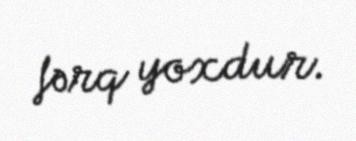
fərq yoxdur.